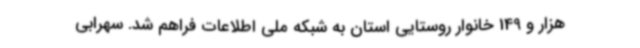
هزار و 149 خانوار روستایی استان به شبکه ملی اطلاعات فراهم شد. سهرابی